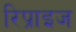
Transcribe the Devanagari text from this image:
रिप्राइज